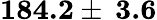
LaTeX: \textbf{184.2}\pm\: \textbf{3.6}